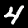
Label: 4